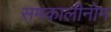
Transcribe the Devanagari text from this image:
समकालीनोम